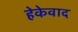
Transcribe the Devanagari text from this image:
हेकेवाद